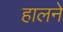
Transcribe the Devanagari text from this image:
हालने